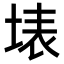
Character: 𭎫